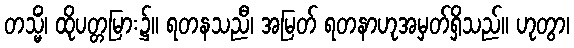
တသ္မိံ၊ ထိုပတ္တမြား၌။ ရတနသညီ၊ အမြတ် ရတနာဟုအမှတ်ရှိသည်။ ဟုတွာ၊